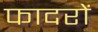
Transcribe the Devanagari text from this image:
फादरों